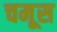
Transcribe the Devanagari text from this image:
चमूस